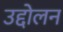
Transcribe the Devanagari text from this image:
उद्दोलन